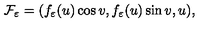
{ \cal F } _ { \varepsilon } = ( f _ { \varepsilon } ( u ) \cos v , f _ { \varepsilon } ( u ) \sin v , u ) ,